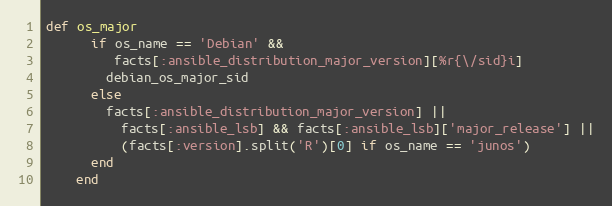
Language: Ruby
def os_major
      if os_name == 'Debian' &&
         facts[:ansible_distribution_major_version][%r{\/sid}i]
        debian_os_major_sid
      else
        facts[:ansible_distribution_major_version] ||
          facts[:ansible_lsb] && facts[:ansible_lsb]['major_release'] ||
          (facts[:version].split('R')[0] if os_name == 'junos')
      end
    end